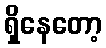
ရှိနေတော့